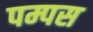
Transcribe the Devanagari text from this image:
पम्पस